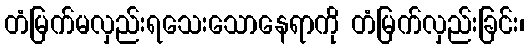
တံမြက်မလှည်းရသေးသောနေရာကို တံမြက်လှည်းခြင်း၊